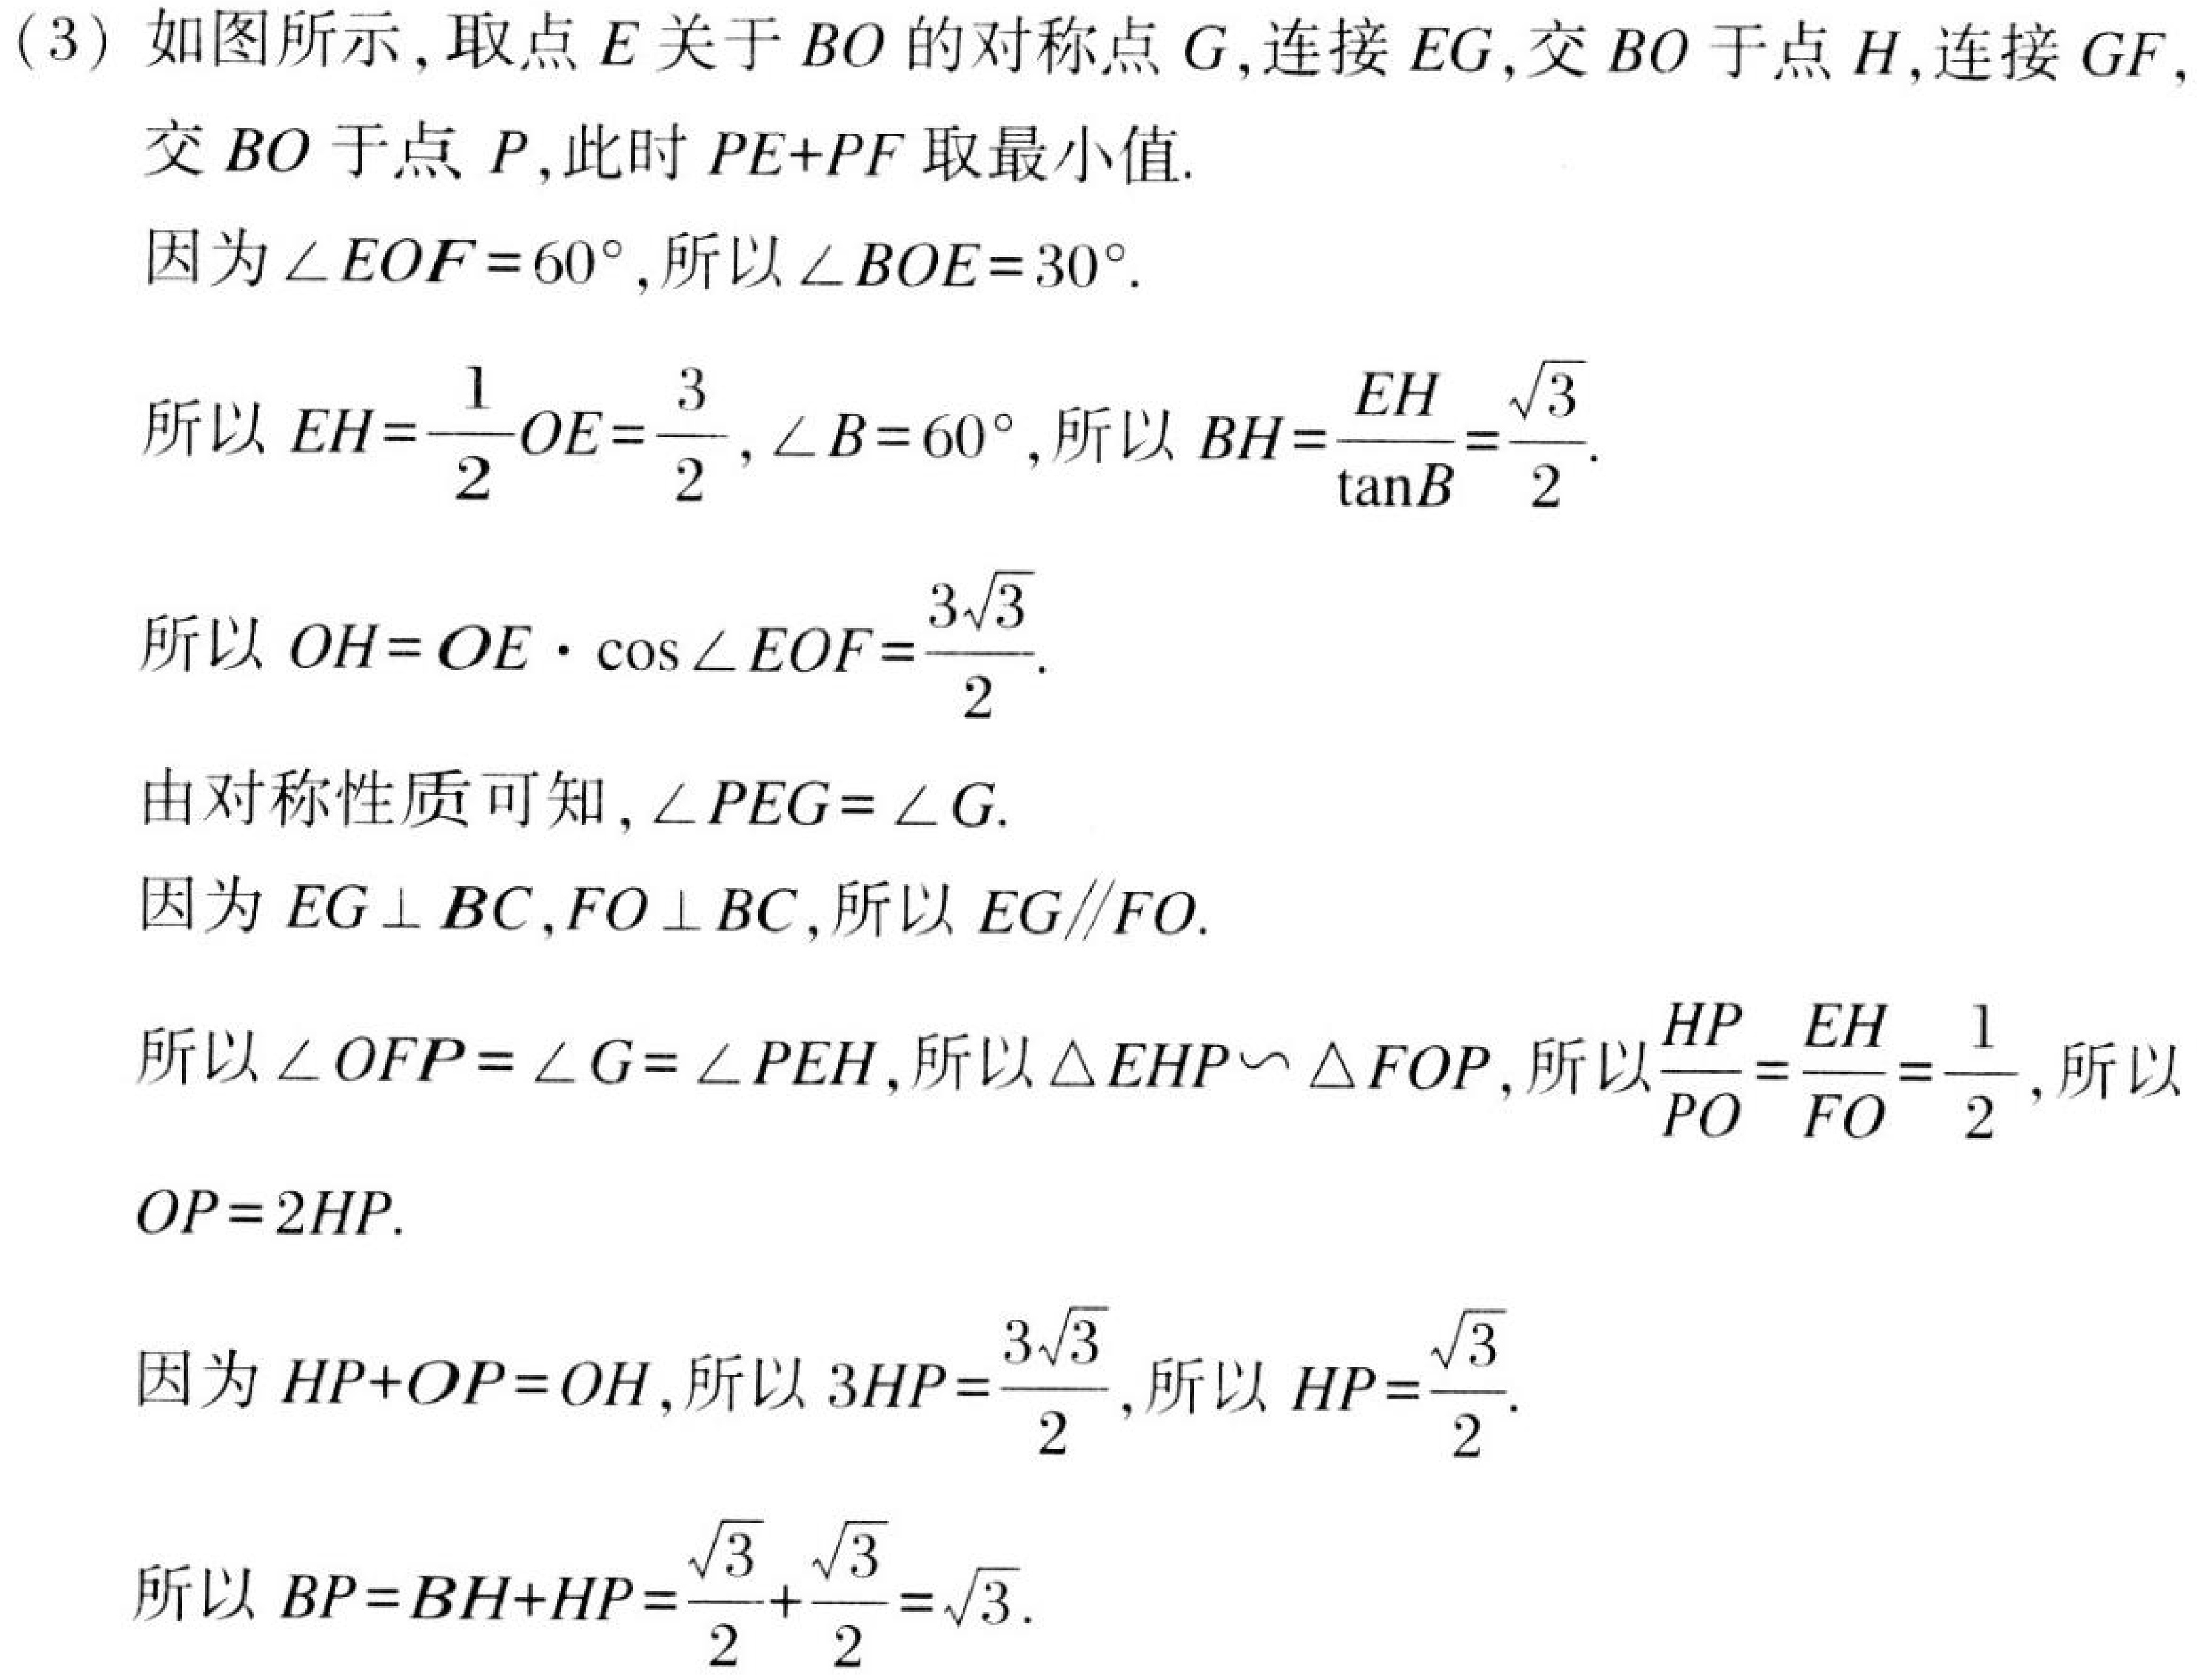
(3) 如图所示,取点 \(E\) 关于 \(BO\) 的对称点 \(G\),连接 \(EG\),交 \(BO\) 于点 \(H\),连接 \(GF\),
交 \(BO\) 于点 \(P\),此时 \(PE + PF\) 取最小值.
因为\(\angle EOF = 60^{\circ}\),所以\(\angle BOE = 30^{\circ}\).
所以 \(EH=\frac{1}{2}OE=\frac{3}{2}\),\(\angle B = 60^{\circ}\),所以 \(BH=\frac{EH}{\tan B}=\frac{\sqrt{3}}{2}\).
所以 \(OH = OE\cdot\cos\angle EOF=\frac{3\sqrt{3}}{2}\).
由对称性质可知,\(\angle PEG=\angle G\).
因为 \(EG\perp BC\),\(FO\perp BC\),所以 \(EG\parallel FO\).
所以\(\angle OFP=\angle G=\angle PEH\),所以\(\triangle EHP\backsim\triangle FOP\),所以\(\frac{HP}{PO}=\frac{EH}{FO}=\frac{1}{2}\),所以
\(OP = 2HP\).
因为 \(HP + OP=OH\),所以 \(3HP=\frac{3\sqrt{3}}{2}\),所以 \(HP=\frac{\sqrt{3}}{2}\).
所以 \(BP=BH + HP=\frac{\sqrt{3}}{2}+\frac{\sqrt{3}}{2}=\sqrt{3}\).